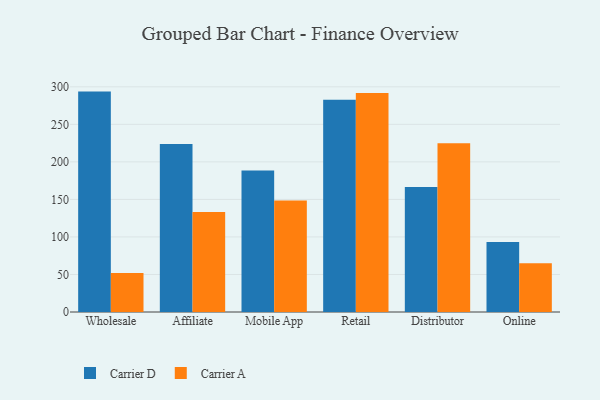
{"axis": {"x": "Channel", "y": "Customer Acquisition Cost (USD)"}, "legend": ["Carrier A", "Carrier D"], "data": [{"x": "Wholesale", "y": 293.6, "type": "Carrier D"}, {"x": "Wholesale", "y": 51.9, "type": "Carrier A"}, {"x": "Affiliate", "y": 223.9, "type": "Carrier D"}, {"x": "Affiliate", "y": 133.2, "type": "Carrier A"}, {"x": "Mobile App", "y": 188.4, "type": "Carrier D"}, {"x": "Mobile App", "y": 148.6, "type": "Carrier A"}, {"x": "Retail", "y": 282.8, "type": "Carrier D"}, {"x": "Retail", "y": 291.7, "type": "Carrier A"}, {"x": "Distributor", "y": 166.6, "type": "Carrier D"}, {"x": "Distributor", "y": 224.8, "type": "Carrier A"}, {"x": "Online", "y": 93.1, "type": "Carrier D"}, {"x": "Online", "y": 64.9, "type": "Carrier A"}]}